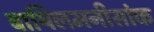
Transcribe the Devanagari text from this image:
बायिलमनीसांक